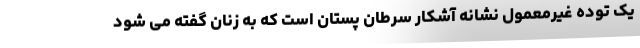
یک توده غیرمعمول نشانه آشکار سرطان پستان است که به زنان گفته می شود